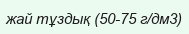
жай тұздық (50-75 г/дм3)